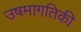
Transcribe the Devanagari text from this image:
उषमागतिकी